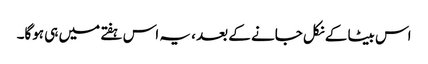
اس بیٹا کے نکل جانے کے بعد ، یہ اس ہفتے میں ہی ہوگا۔